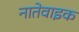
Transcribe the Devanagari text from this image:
नातेवाइक